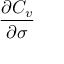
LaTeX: \frac { \partial C _ { v } } { \partial \sigma }